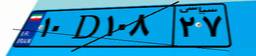
۱۰D۱۰۸۲۷